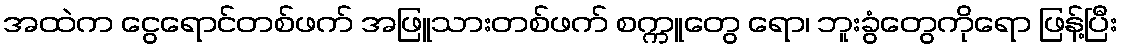
အထဲက ငွေရောင်တစ်ဖက် အဖြူသားတစ်ဖက် စက္ကူတွေ ရော၊ ဘူးခွံတွေကိုရော ဖြန့်ပြီး